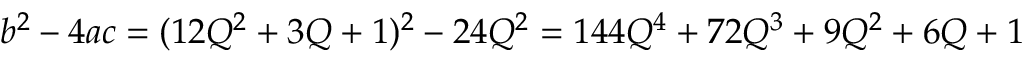
b ^ { 2 } - 4 a c = ( 1 2 Q ^ { 2 } + 3 Q + 1 ) ^ { 2 } - 2 4 Q ^ { 2 } = 1 4 4 Q ^ { 4 } + 7 2 Q ^ { 3 } + 9 Q ^ { 2 } + 6 Q + 1